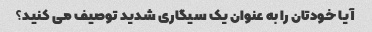
آیا خودتان را به عنوان یک سیگاری شدید توصیف می کنید؟